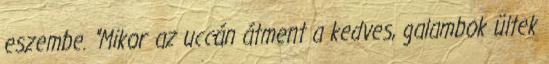
eszembe. "Mikor az uccán átment a kedves, galambok ültek